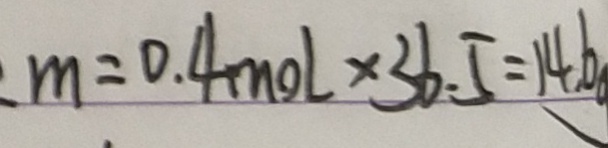
m = 0 . 4 m o l \times 3 6 . 5 = 1 4 . 6